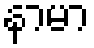
နာမာ